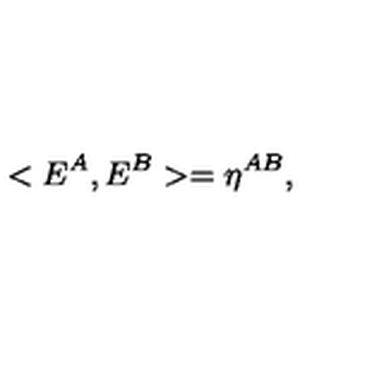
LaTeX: < E ^ { A } , E ^ { B } > = \eta ^ { A B } ,